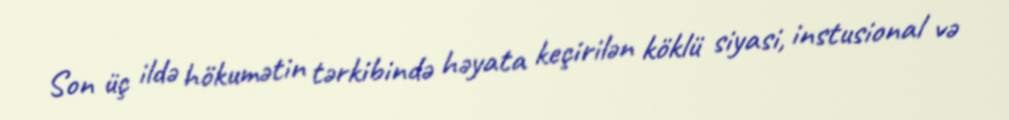
Son üç ildə hökumətin tərkibində həyata keçirilən köklü siyasi, instusional və